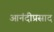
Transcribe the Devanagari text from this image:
आनंदीप्रसाद